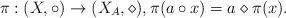
LaTeX: \begin{align*}\pi: (X,\circ) \rightarrow (X_A,\diamond),\pi(a\circ x) = a\diamond \pi(x).\end{align*}